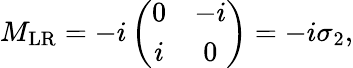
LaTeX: \begin{array}{r}{M_{\mathrm{LR}}=-i\left(\begin{array}{cc}{0}&{-i}\\ {i}&{0}\end{array}\right)=-i\sigma_{2},}\end{array}